DOW-UAP-D49, Launch Summary, Vandenberg AFB, 2000
Agency: Department of War
Incident date: 2/3/00
Page 77
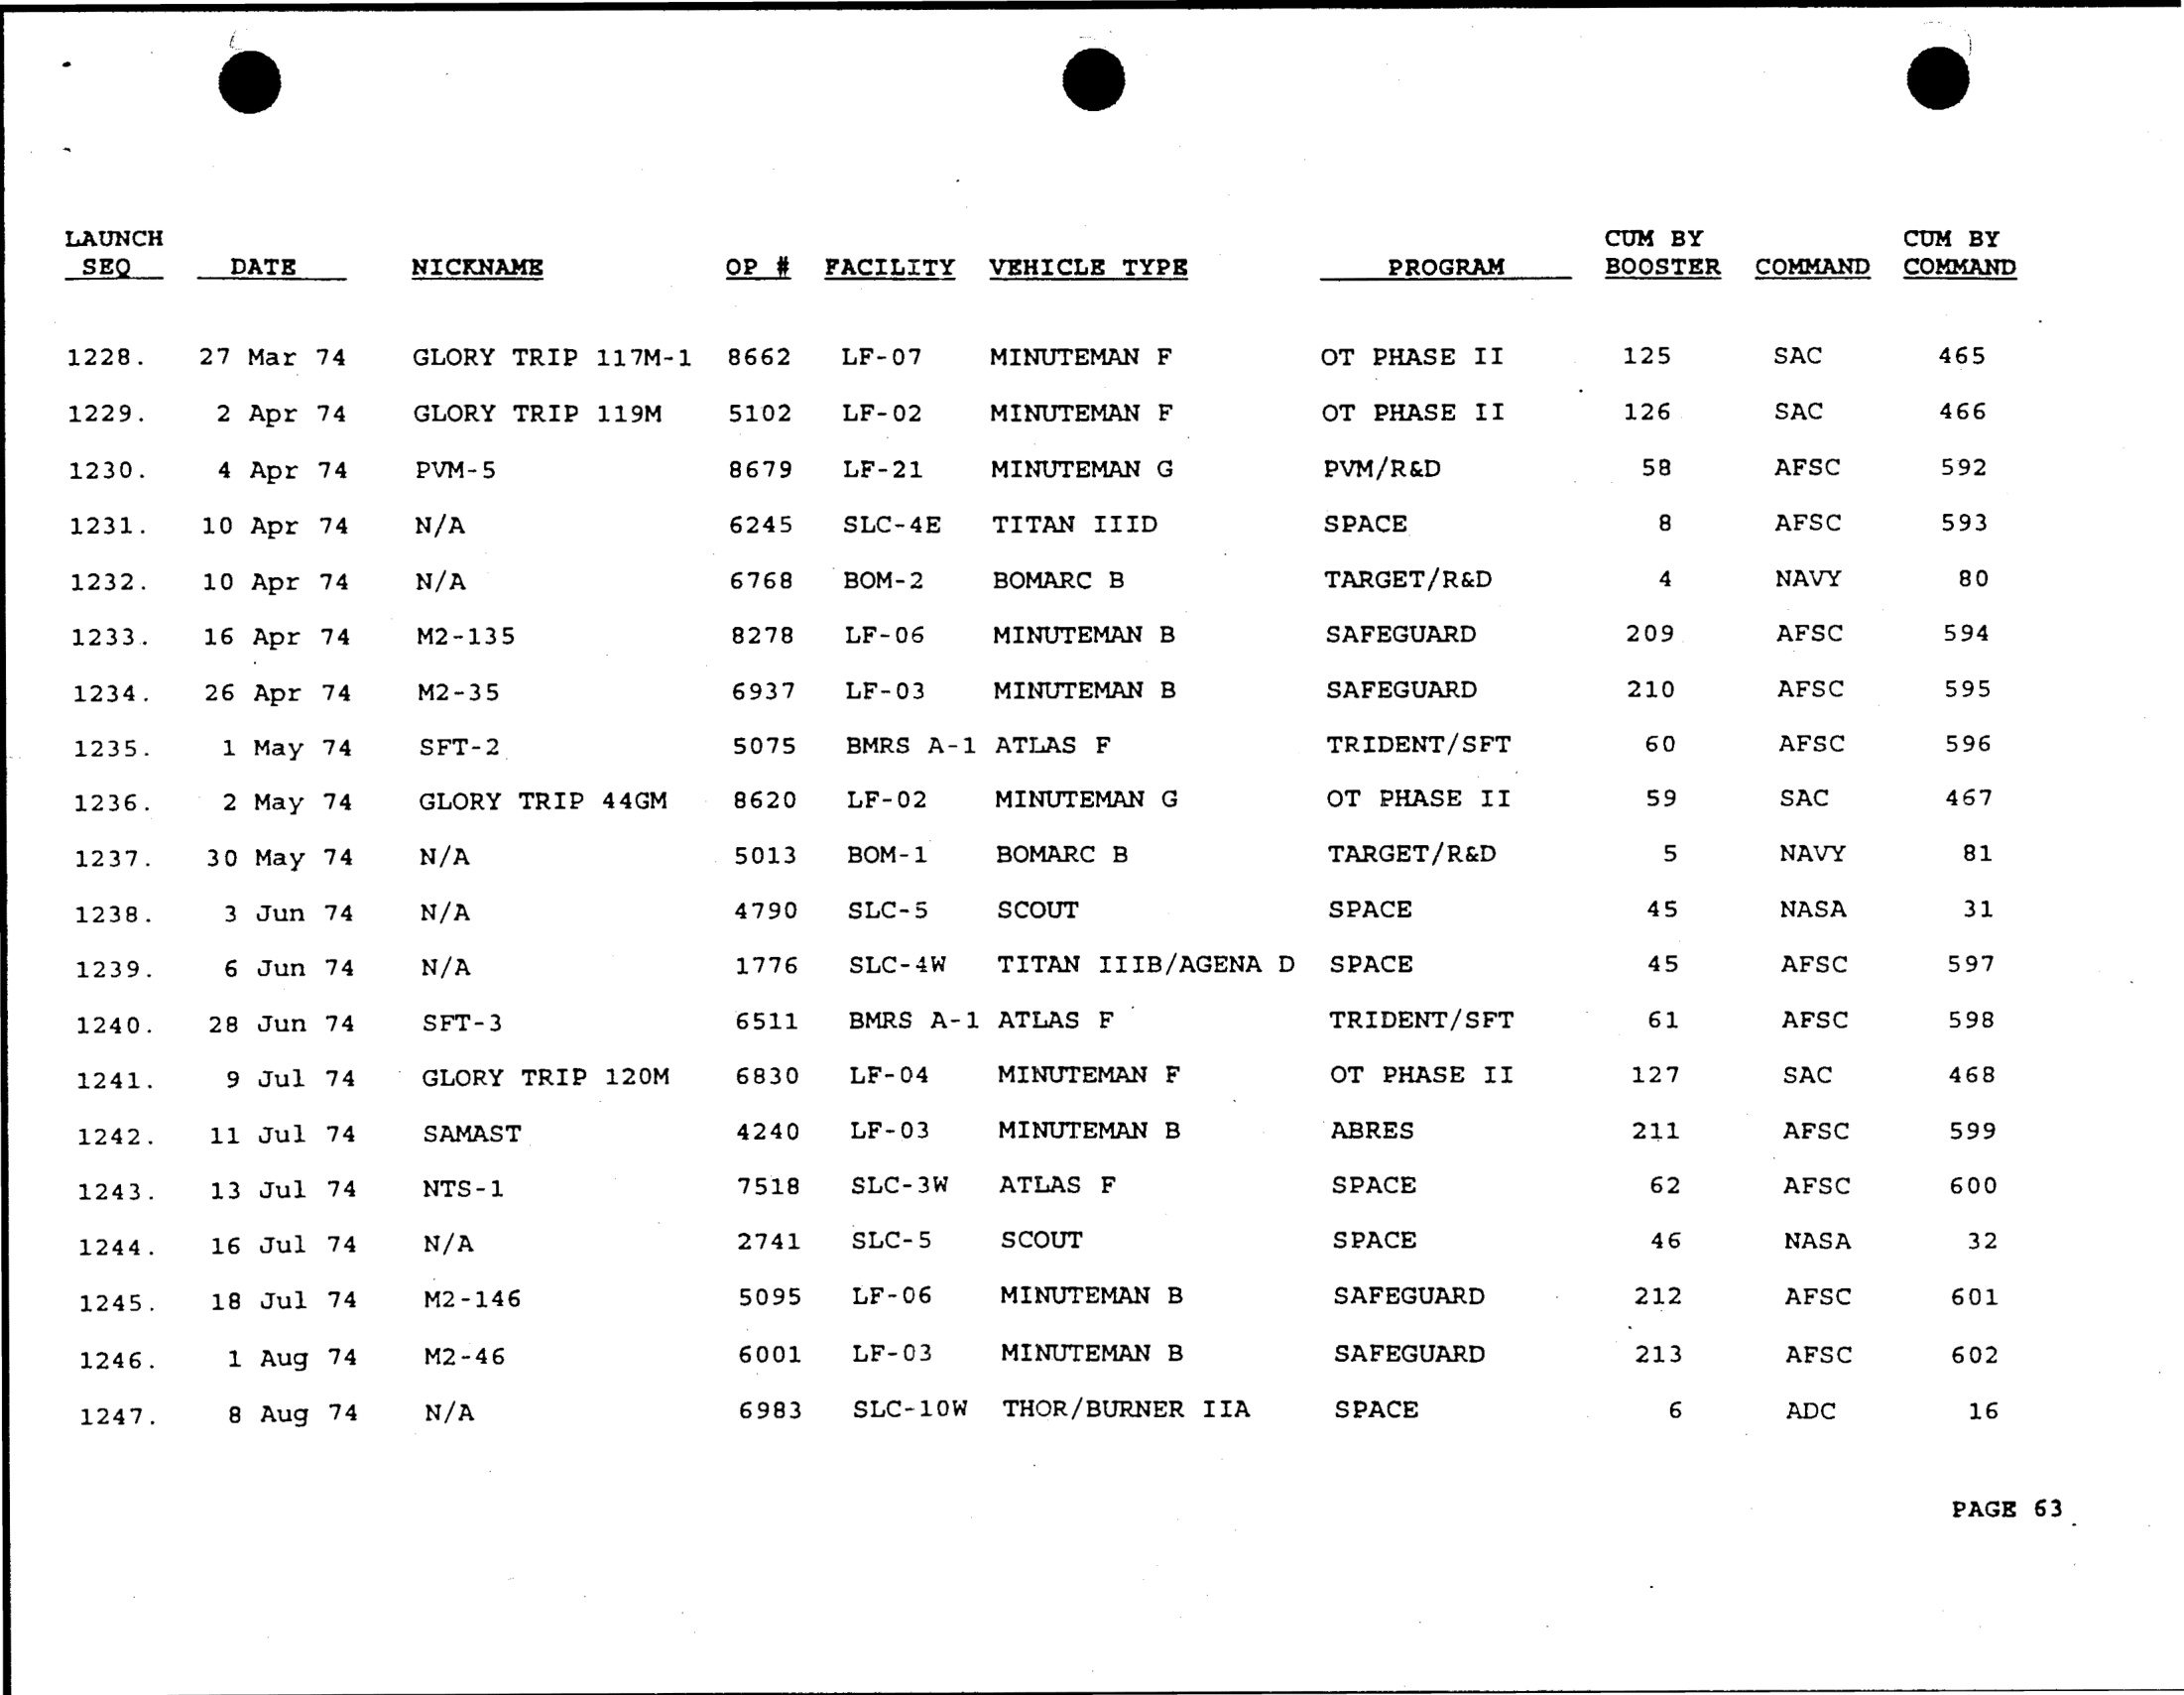